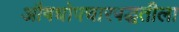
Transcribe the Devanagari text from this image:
औषधोपचारपद्धतीला